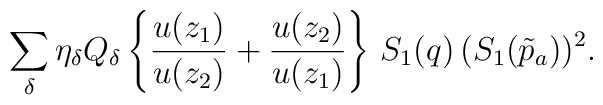
\sum_\delta \eta_\delta Q_\delta\left\{ {u(z_1) \over u(z_2)} +{u(z_2)\over u(z_1)} \right\}  \, S_1(q) \, (S_1(\tilde p_a))^2 .